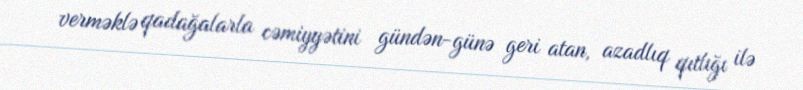
verməklə qadağalarla cəmiyyətini gündən-günə geri atan, azadlıq qıtlığı ilə